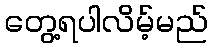
တွေ့ရပါလိမ့်မည်